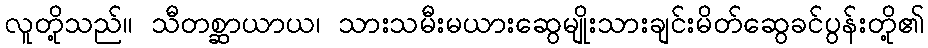
လူတို့သည်။ သီတစ္ဆာယာယ၊ သားသမီးမယားဆွေမျိုးသားချင်းမိတ်ဆွေခင်ပွန်းတို့၏